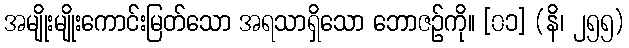
အမျိုးမျိုးကောင်းမြတ်သော အရသာရှိသော ဘောဇဉ်ကို။ [၀၁] (နိ၊ ၂၅၅)